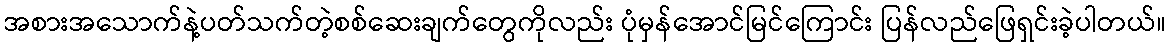
အစားအသောက်နဲ့ပတ်သက်တဲ့စစ်ဆေးချက်တွေကိုလည်း ပုံမှန်အောင်မြင်ကြောင်း ပြန်လည်ဖြေရှင်းခဲ့ပါတယ်။